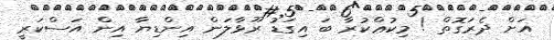
އަށް ދެރަގޮތް ! މިކުޢްކުރާ ބަ އިގަޑު ރޫޅާލަން އިންޑިޔާ އިން އަސްކަރީ